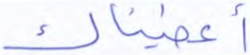
أعطيناك